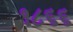
૧૮૬૬